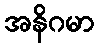
အနိဂမာ